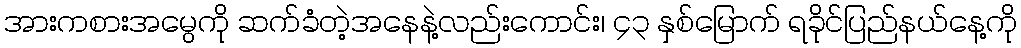
အားကစားအမွေကို ဆက်ခံတဲ့အနေနဲ့လည်းကောင်း၊ ၄၃ နှစ်မြောက် ရခိုင်ပြည်နယ်နေ့ကို